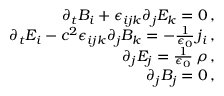
\begin{array} { r l r } & { } & { \partial _ { t } B _ { i } + \epsilon _ { i j k } \partial _ { j } E _ { k } = 0 \, , } \\ & { } & { \partial _ { t } E _ { i } - c ^ { 2 } \epsilon _ { i j k } \partial _ { j } B _ { k } = - \frac { 1 } { \epsilon _ { 0 } } \, j _ { i } \, , } \\ & { } & { \partial _ { j } E _ { j } = \frac { 1 } { \epsilon _ { 0 } } \, \rho \, , } \\ & { } & { \partial _ { j } B _ { j } = 0 \, , } \end{array}